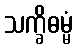
သက္ခိဓမ္မံ